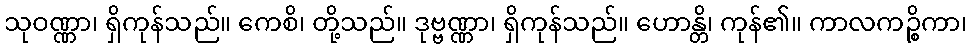
သုဝဏ္ဏာ၊ ရှိကုန်သည်။ ကေစိ၊ တို့သည်။ ဒုဗ္ဗဏ္ဏာ၊ ရှိကုန်သည်။ ဟောန္တိ၊ ကုန်၏။ ကာလကဉ္စိကာ၊